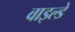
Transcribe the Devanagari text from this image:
वाइल्डे